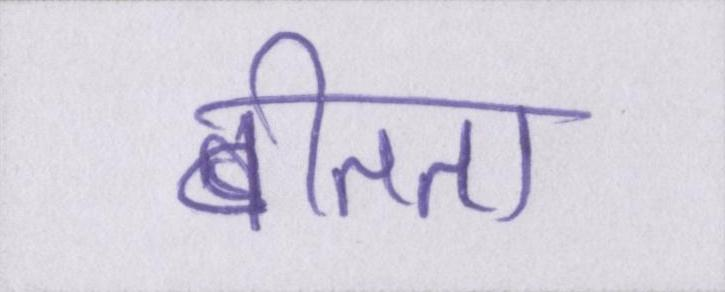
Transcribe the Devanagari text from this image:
बीतता